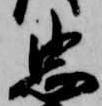
忠